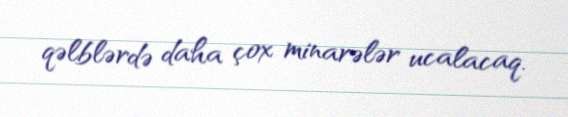
qəlblərdə daha çox minarələr ucalacaq.